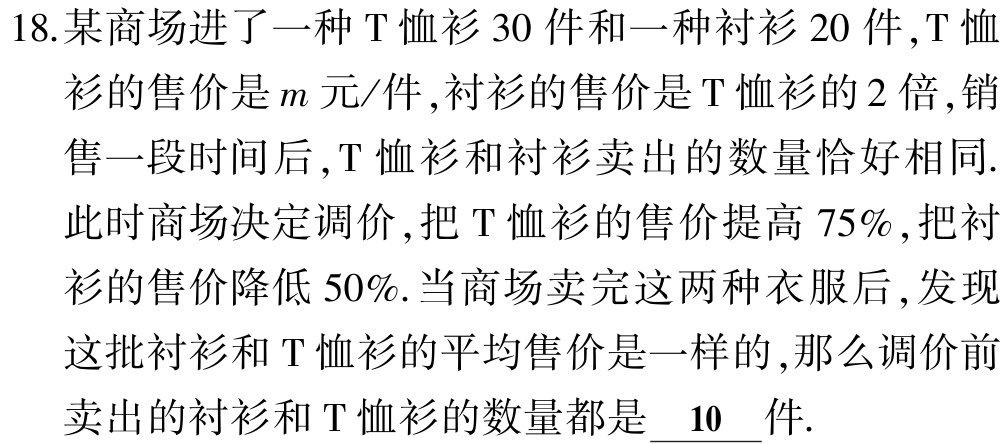
18.某商场进了一种T恤衫30件和一种衬衫20件,T恤衫的售价是\(m\)元/件,衬衫的售价是T恤衫的2倍,销售一段时间后,T恤衫和衬衫卖出的数量恰好相同.此时商场决定调价,把T恤衫的售价提高75%,把衬衫的售价降低50%.当商场卖完这两种衣服后,发现这批衬衫和T恤衫的平均售价是一样的,那么调价前卖出的衬衫和T恤衫的数量都是\(\underline{10}\)件.